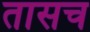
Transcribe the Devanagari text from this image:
तासच